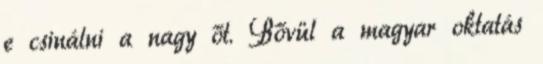
e csinálni a nagy őt. Bővül a magyar oktatás